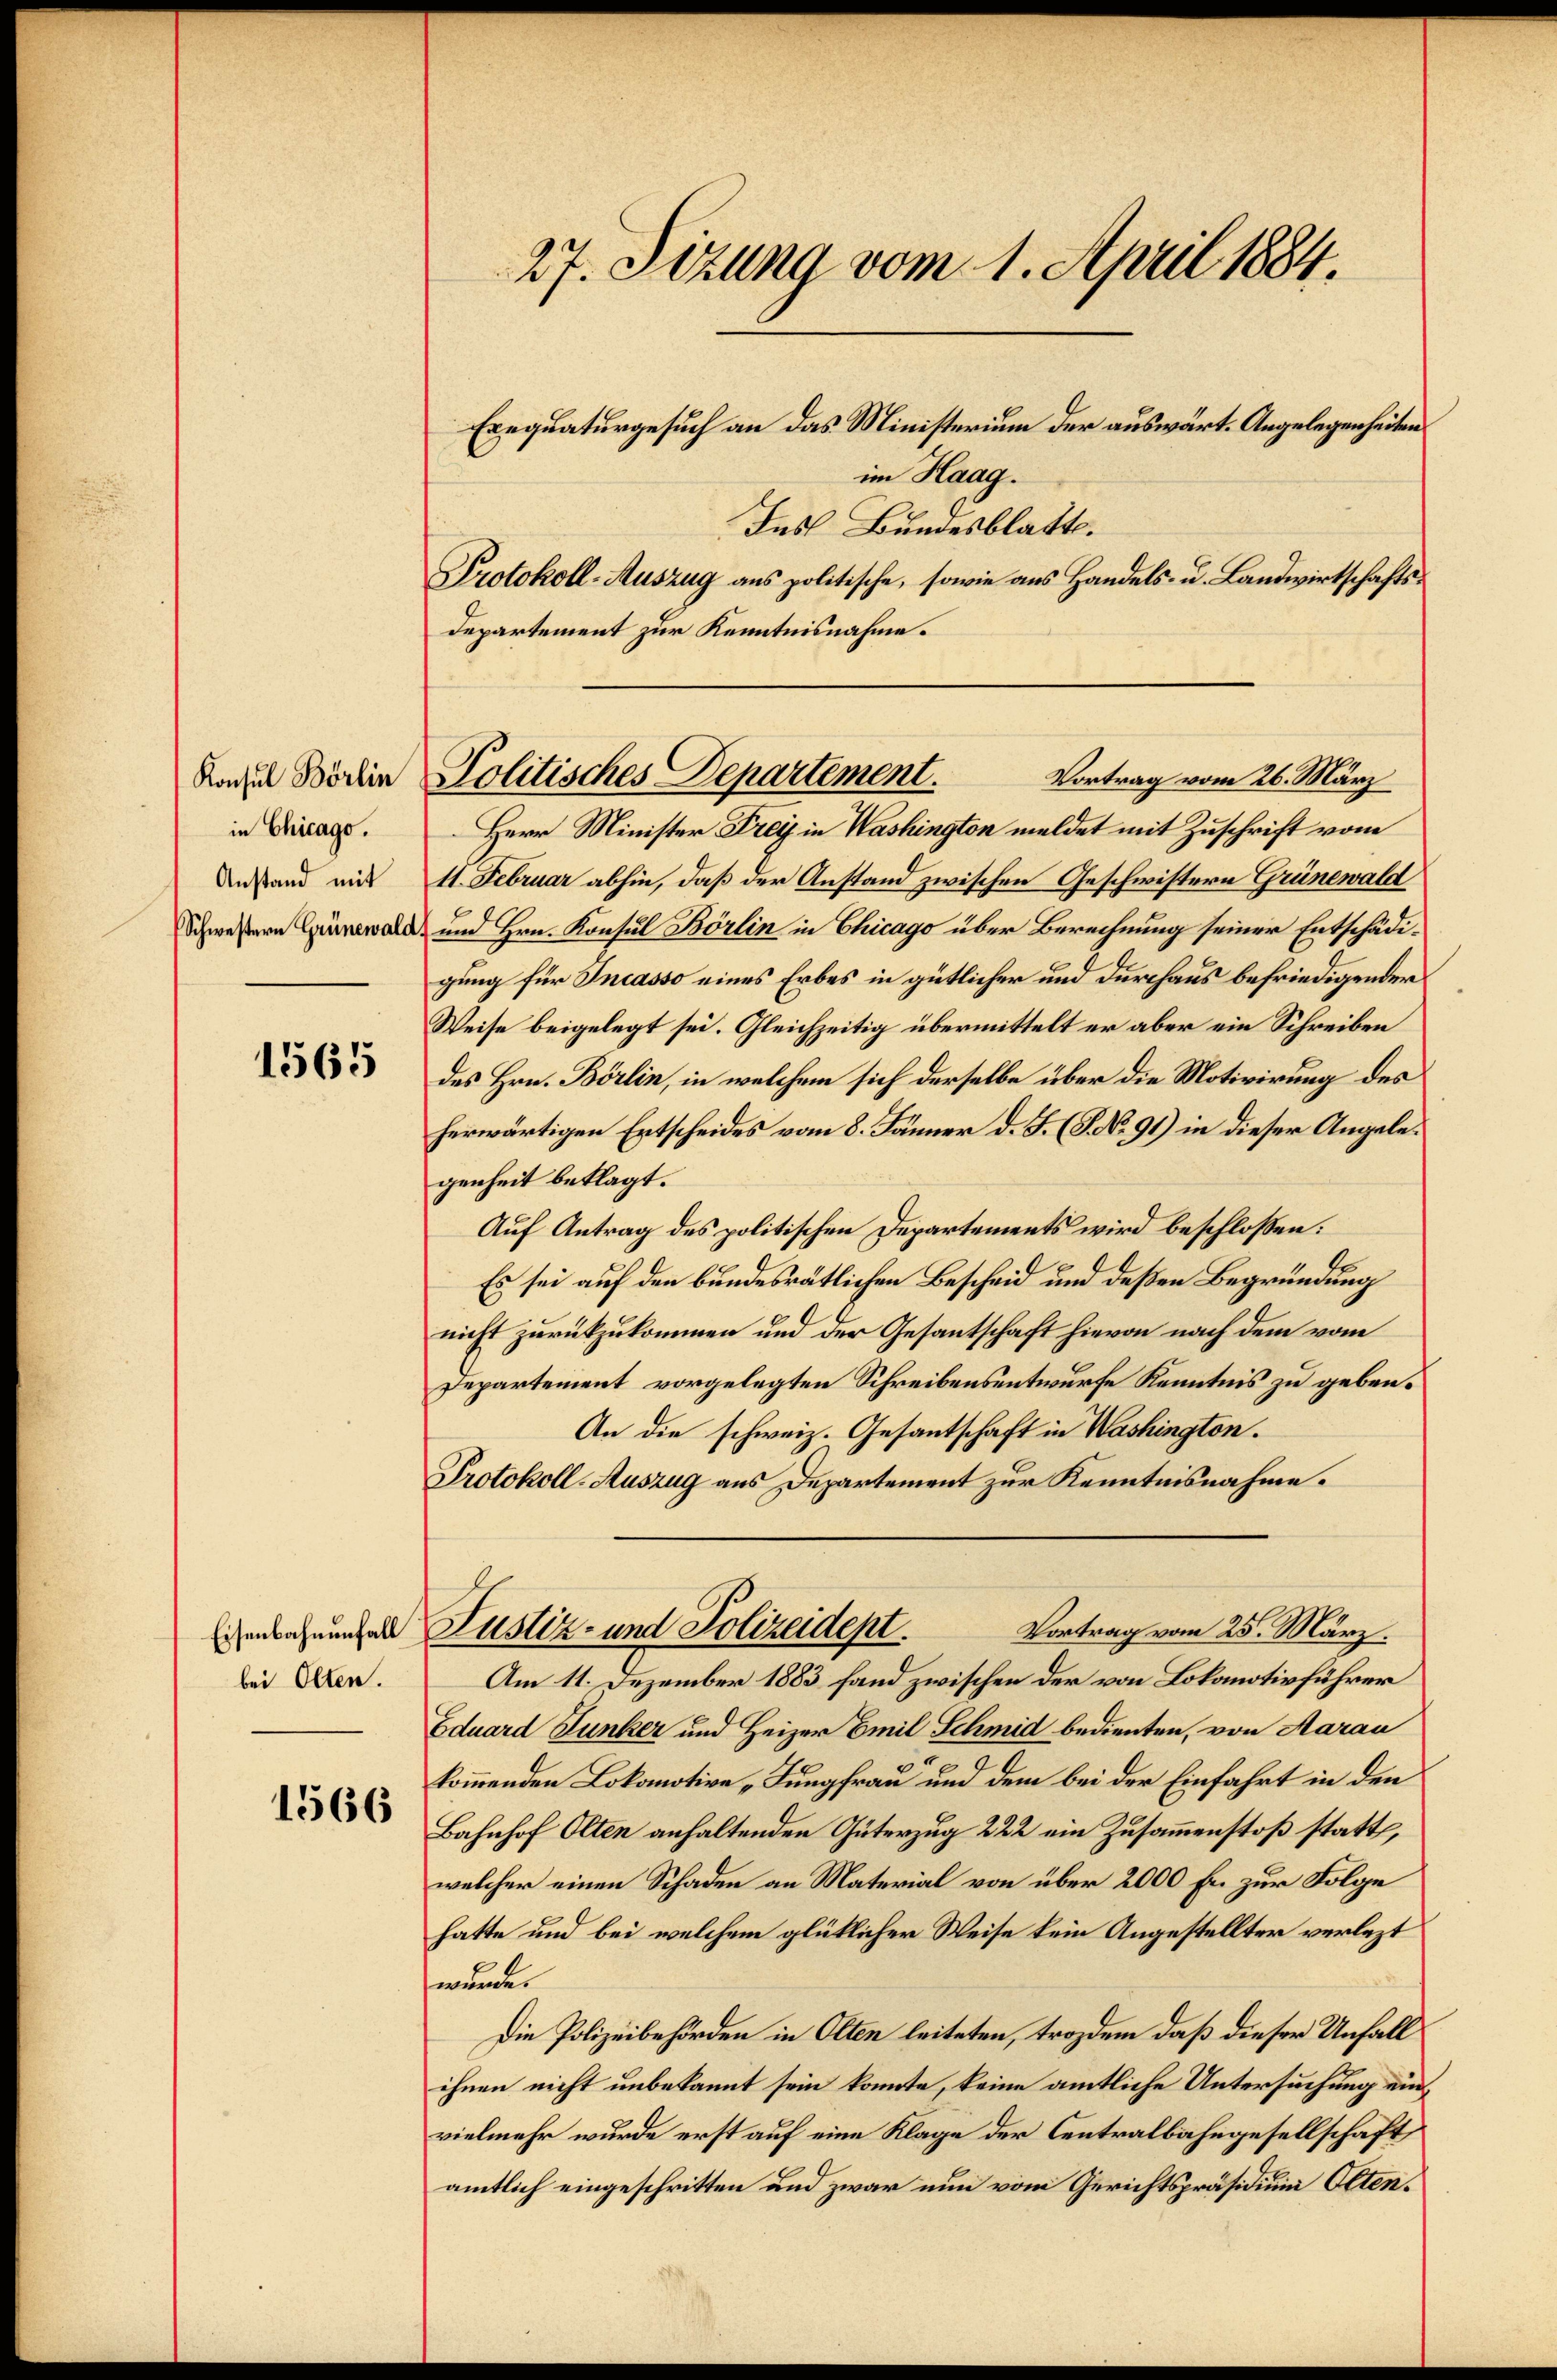
Konsul Börlin
in Chicago.
Anstand mit
Schwestern Grünewald

1565

Eisenbahnenfall
bei Olten.

1566

27. Setzung vom 1. April 1884.

Ernquaturgesuch an das Ministerium der auswärt. Angelegenheiten
im Haag.
Ins Bundesblatt.
Protokoll-Auszug aus politische, sowie aus Handels- u. Landwirtschafts¬
Departement zur Kenntnisnahme.
Herr Minister Frei in Washington meldet mit Zuschrift vom
11. Februar abhin, daß der Anstand zwischen Geschwistern Grünewald
und Hrn. Konsul Börlin in Chicago über Berechnung seiner Entschädigung für Incasso eines Erbes in gütlicher und durchaus befriedigender
Weise beigelegt sei. Gleichzeitig übermittelt er aber ein Schreiben
des Hrn. Börlin, in welchem sich derselbe über die Motivirung des
herwärtigen Entscheides vom 8. Jänner d. J. (§. No. 91) in dieser Angelegenheit beklagt.
Auf Antrag des politischen Departements wird beschlossen:
Es sei auf den bundesrätlichen Bescheid und deßen Begründung
nicht zurückzukommen und der Gesantschaft hievon nach dem vom
Departement vorgelegten Schreibensentwurfe Kenntnis zu geben.
An die schweiz. Gesantschaft in Washington.
Protokoll-Auszug aus Departement zur Kenntnisnahme.
Justiz- und Polizeidept.
Vortrag vom 25. März.
Am 11. Dezember 1883. fand zwischen der von Lokomotivführer
Eduard Junker und Heizer Emil Schmid bedienten, von Aarau
kommenden Lokomotive „Jungfrau und dem bei der Einfahrt in den
Bahnhof Olten anhaltenden Güterzug 222 ein Zusammenstoß statt,
welcher einen Schaden an Material von über 2000 Fr. zur Folge
hatte und bei welchem glücklicher Weise kein Angestellter verlezt
wurde.
Die Polizeibehörden in Olten leiteten, trozdem daß dieser Unfall
ihnen nicht unbekannt sein konnte, keine amtliche Untersuchung einvielmehr wurde erst auf eine Klage der Centralbahngesellschaft
amtlich eingeschritten und zwar nun vom Gerichtspräsidium Olten¬

Vortrag vom 26. März
Politisches Departement.